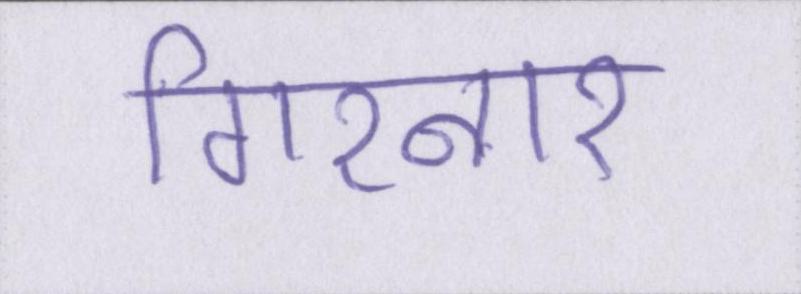
गिरनार